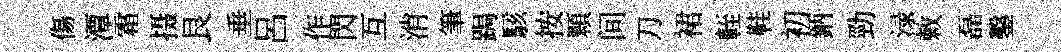
傷潭霜摄艮垂呂作閃互消筆跼駭按顆间刀裙輊鞋初鈵勁渌敕磊鑿